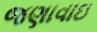
જણાવાઇ